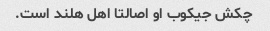
چکش جیکوب او اصالتا اهل هلند است.